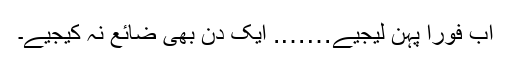
اب فوراً پہن لیجیے……. ایک دن بھی ضائع نہ کیجیے۔